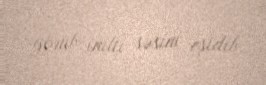
görüb, inilti səsini eşidib.